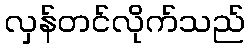
လှန်တင်လိုက်သည်